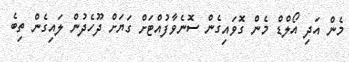
މެން އަދި އޯލްޑް މެން ގޮވައިގެން ސޮނެވާފުއްޓަށް ގަޔަށް ދޫހެދުން ލައިގެން ތިބެ